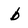
Character: b